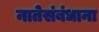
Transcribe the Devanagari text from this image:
नातेसंबंधाना